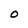
Character: O